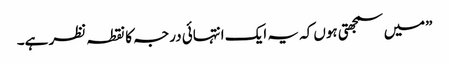
”میں سمجھتی ہوں کہ یہ ایک انتہائی درجہ کا نقطہ نظر ہے۔